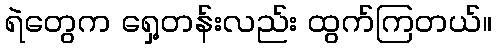
ရဲတွေက ရှေ့တန်းလည်း ထွက်ကြတယ်။